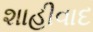
શાહીવાદ